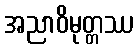
အညာဝိမုတ္တဿ